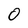
Character: 0